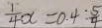
\frac { 1 } { 4 } x = 0 . 4 : \frac { 5 } { 4 }